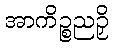
အာကိဉ္စညဉှိ